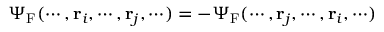
\Psi _ { \mathrm { { F } } } ( \cdots , \mathbf { r } _ { i } , \cdots , \mathbf { r } _ { j } , \cdots ) = - \Psi _ { \mathrm { { F } } } ( \cdots , \mathbf { r } _ { j } , \cdots , \mathbf { r } _ { i } , \cdots )